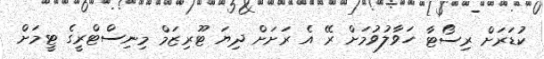
ކުޑަރަށް ރިސޯޓާ ހަވާލުވުމަށް ރޭ އެ ރަށަށް ދިޔަ ޓޫރިޒަމް މިނިސްޓްރީގެ ޓީމަށް